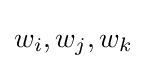
w_{i},w_{j},w_{k}